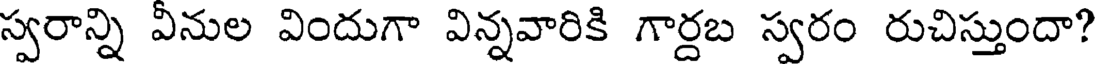
స్వరాన్ని వీనుల విందుగా విన్నవారికి గార్దబ స్వరం రుచిస్తుందా?